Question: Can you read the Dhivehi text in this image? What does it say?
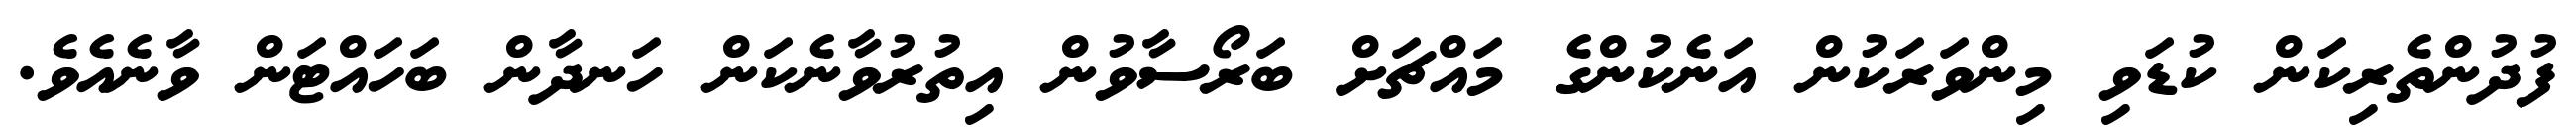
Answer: ފުދުންތެރިކަން ކުޑަވި މިންވަރަކުން އަނެކުންގެ މައްޗަށް ބަރޯސާވުން އިތުރުވާނެކަން ހަނދާން ބަހައްޓަން ވާނެއެވެ.